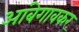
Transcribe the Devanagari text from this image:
आंबेगावकर